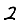
Digit: 2